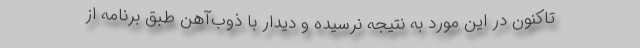
تاکنون در این مورد به نتیجه نرسیده و دیدار با ذوب‌آهن طبق برنامه از